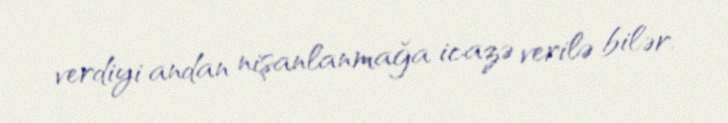
verdiyi andan nişanlanmağa icazə verilə bilər.